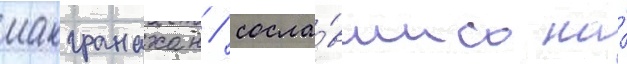
макгранахан / сосла́вшись на́